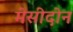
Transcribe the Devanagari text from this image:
मेसीदोन